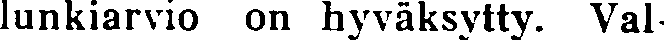
lunkiarvio on hyväksytty. Val-